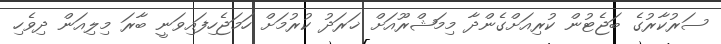
ސަރުކާރުގެ ބަޖެޓުން ކުރިއަށްގެންދާ މިމަޝްރޫއަށް ޚަރަދު ކުރުމަށް ހަމަޖެހިފައިވަނީ ބާރަ މިލިއަން ދިވެހި